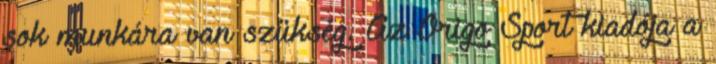
sok munkára van szükség. Az Origo Sport kiadója a